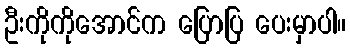
ဦးကိုကိုအောင်က ပြောပြ ပေးမှာပါ။